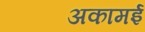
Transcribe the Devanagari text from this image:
अकामई